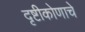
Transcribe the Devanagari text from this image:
दृष्टीकोणाचे